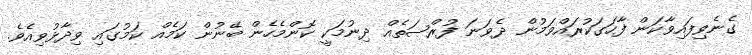
ގެނެވިފައިވާކަން ފާހަގަކުރައްވަމުން ދެވަނަ ފުރްޞަތެއް ދިނުމަކީ ކޮންމެހެން ބޭނުން ކަމެއް ކަމުގައި ވިދާޅުވިއެވެ.